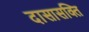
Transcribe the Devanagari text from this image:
दासासक्ति